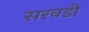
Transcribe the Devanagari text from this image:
सरवडी